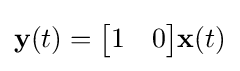
{\textbf {y}}(t)={\begin{bmatrix}1&0\end{bmatrix}}{\textbf {x}}(t)